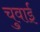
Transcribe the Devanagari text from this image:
चुवाई